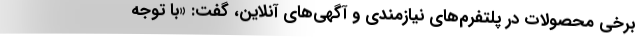
برخی محصولات در پلتفرم‌های نیازمندی و آگهی‌های آنلاین، گفت: «با توجه